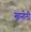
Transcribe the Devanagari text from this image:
खानोली